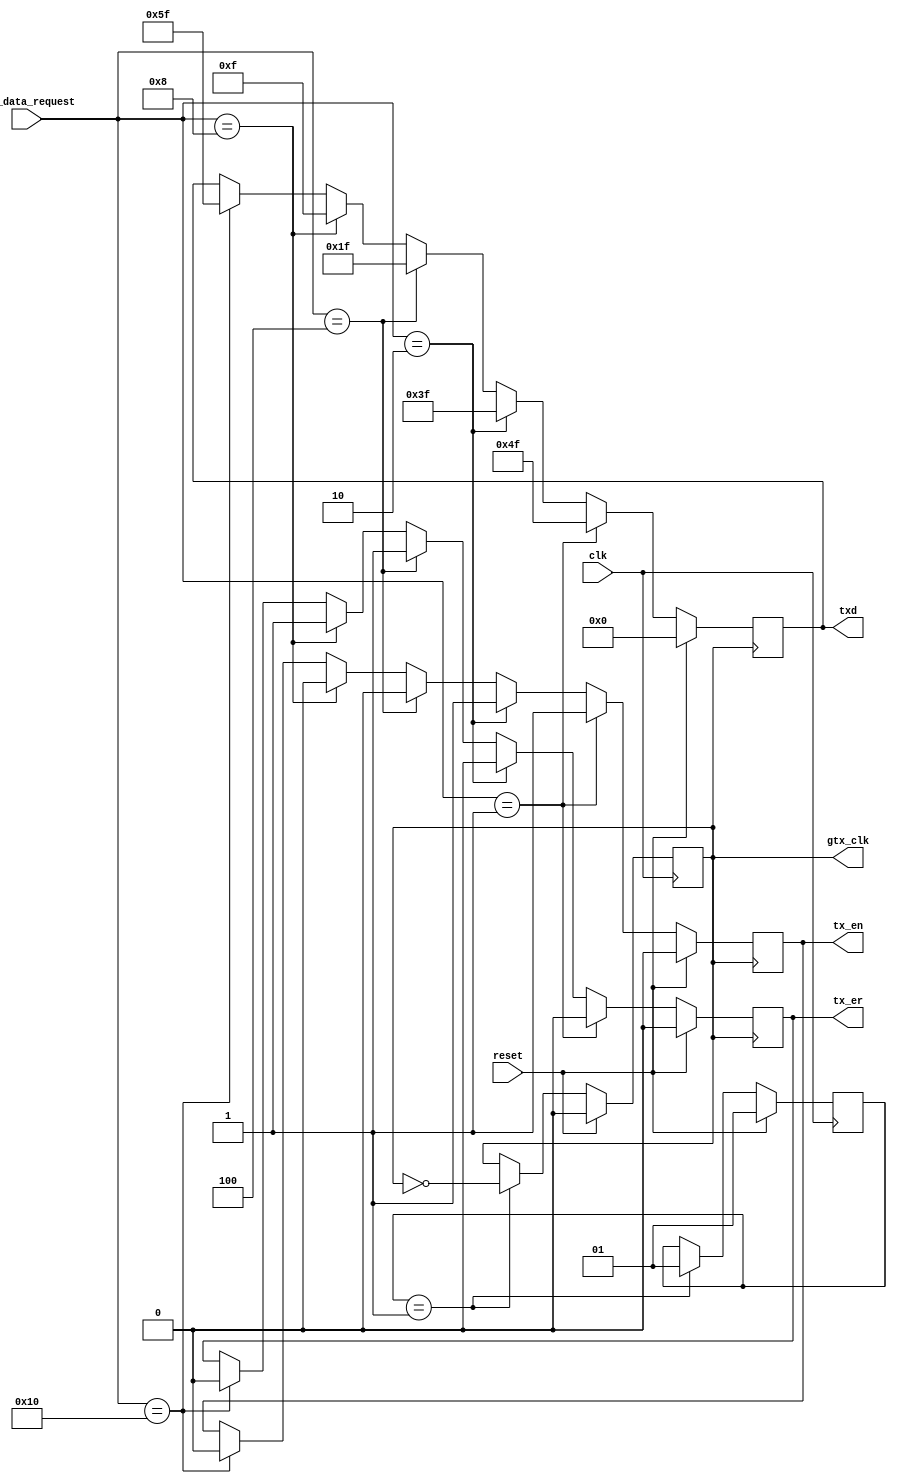
// esta capa hace referencia a la capa1 pero con 
// valores tipo one hot
//copia de la capa anterior

module capa1v2(
input reset,
input clk,
input [4:0]pls_data_request,
output reg gtx_clk,
output reg [7:0]txd,
output reg tx_en,
output reg tx_er);

//ocupamos para el reloj
reg [1:0]count;
reg [2:0]h;

//inicializamos el reloj
initial begin
count =1;
h=2;
end
//cdigo para nuestra salida del gtx clk, con modificacin de frecuencias
always @(posedge clk)begin
if (reset)begin
count =1;
gtx_clk = 0;
end
else if(count==(h/2))begin
count =1;
gtx_clk = ~gtx_clk;
end
end

//Cdigo regido segn la tabla de las salidas 
//correspondientes
always @(posedge gtx_clk)begin
if (reset)begin
tx_en = 0;
tx_er = 0;
txd = 0;
end//termina el if
//cero
else if ( pls_data_request == 5'b00001)begin
tx_en = 1;
tx_er = 0;
txd = 8'h4F;
end//termina else if
//uno
else if(pls_data_request == 5'b00010)begin
tx_en = 1;
tx_er = 0;
txd = 8'h3F;
end//termina else if
//extend error
else if(pls_data_request == 5'b00100)begin
tx_en = 0;
tx_er = 1;
txd = 8'h1F;
end//termina else if
//extend
else if(pls_data_request == 5'b01000)begin
tx_en = 0;
tx_er = 1;
txd = 8'h0F;
end//termina else if
//data complete
else if(pls_data_request == 5'b10000)begin
tx_en = 0;
tx_er = 0;
txd = 8'h5F;
end //termina el else if

end //termina el always

endmodule // termina el modulo